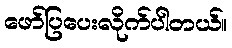
ဖော်ပြပေးလိုက်ပါတယ်။